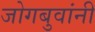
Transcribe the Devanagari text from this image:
जोगबुवांनी